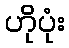
ဟိုပုံး